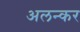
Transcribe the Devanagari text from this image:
अलन्कर